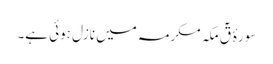
سورۂ قٓ مکہ مکرمہ میں نازل ہوئی ہے۔